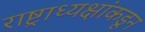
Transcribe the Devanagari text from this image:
राष्ट्राध्यक्षांकडून